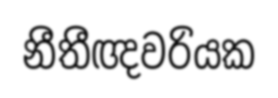
නීතීඥවරියක